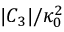
{ | C _ { 3 } | } / { \kappa _ { 0 } ^ { 2 } }